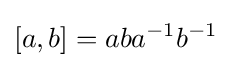
[a,b]=aba^{-1}b^{-1}